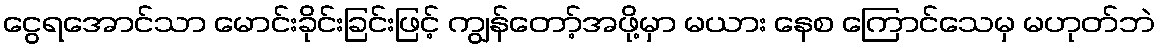
ငွေရအောင်သာ မောင်းခိုင်းခြင်းဖြင့် ကျွန်တော့်အဖို့မှာ မယား နေစ ကြောင်သေမှ မဟုတ်ဘဲ